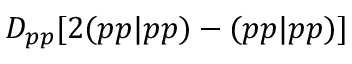
D _ { p p } [ 2 ( p p | p p ) - ( p p | p p ) ]